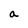
Character: a